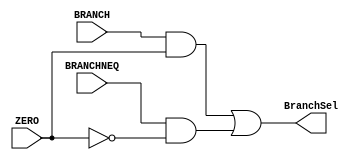
module branchCheck(BranchSel, BRANCH, BRANCHNEQ, ZERO);
//and module (branchneq & ~zero)
input BRANCH, BRANCHNEQ, ZERO;
// output reg BranchSel;
output BranchSel;

wire branch_eq;
wire branch_neq;

assign branch_eq = BRANCH & ZERO;
assign branch_neq = BRANCHNEQ & (~ZERO);

assign BranchSel = branch_eq | branch_neq;

endmodule